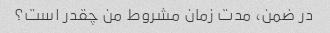
در ضمن، مدت زمان مشروط من چقدر است؟